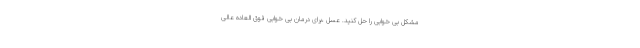
مشکل بی خوابی را حل کنید. عسل ،برای درمان بی خوابی فوق العاده عالی